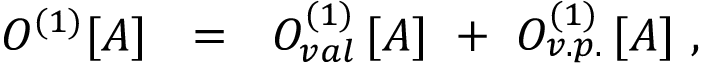
O ^ { ( 1 ) } [ A ] \ \ = \ \ O _ { v a l } ^ { ( 1 ) } \, [ A ] \ + \ O _ { v . p . } ^ { ( 1 ) } \, [ A ] \, \, ,